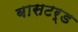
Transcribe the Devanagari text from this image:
बासटर्ड